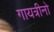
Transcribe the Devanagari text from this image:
गायत्रीनो